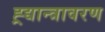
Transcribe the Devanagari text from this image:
ह्र्द्यान्त्रावरण